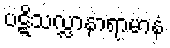
ပဋိသလ္လာနာရာမာနံ